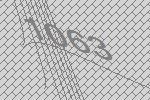
1063